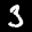
Label: 3